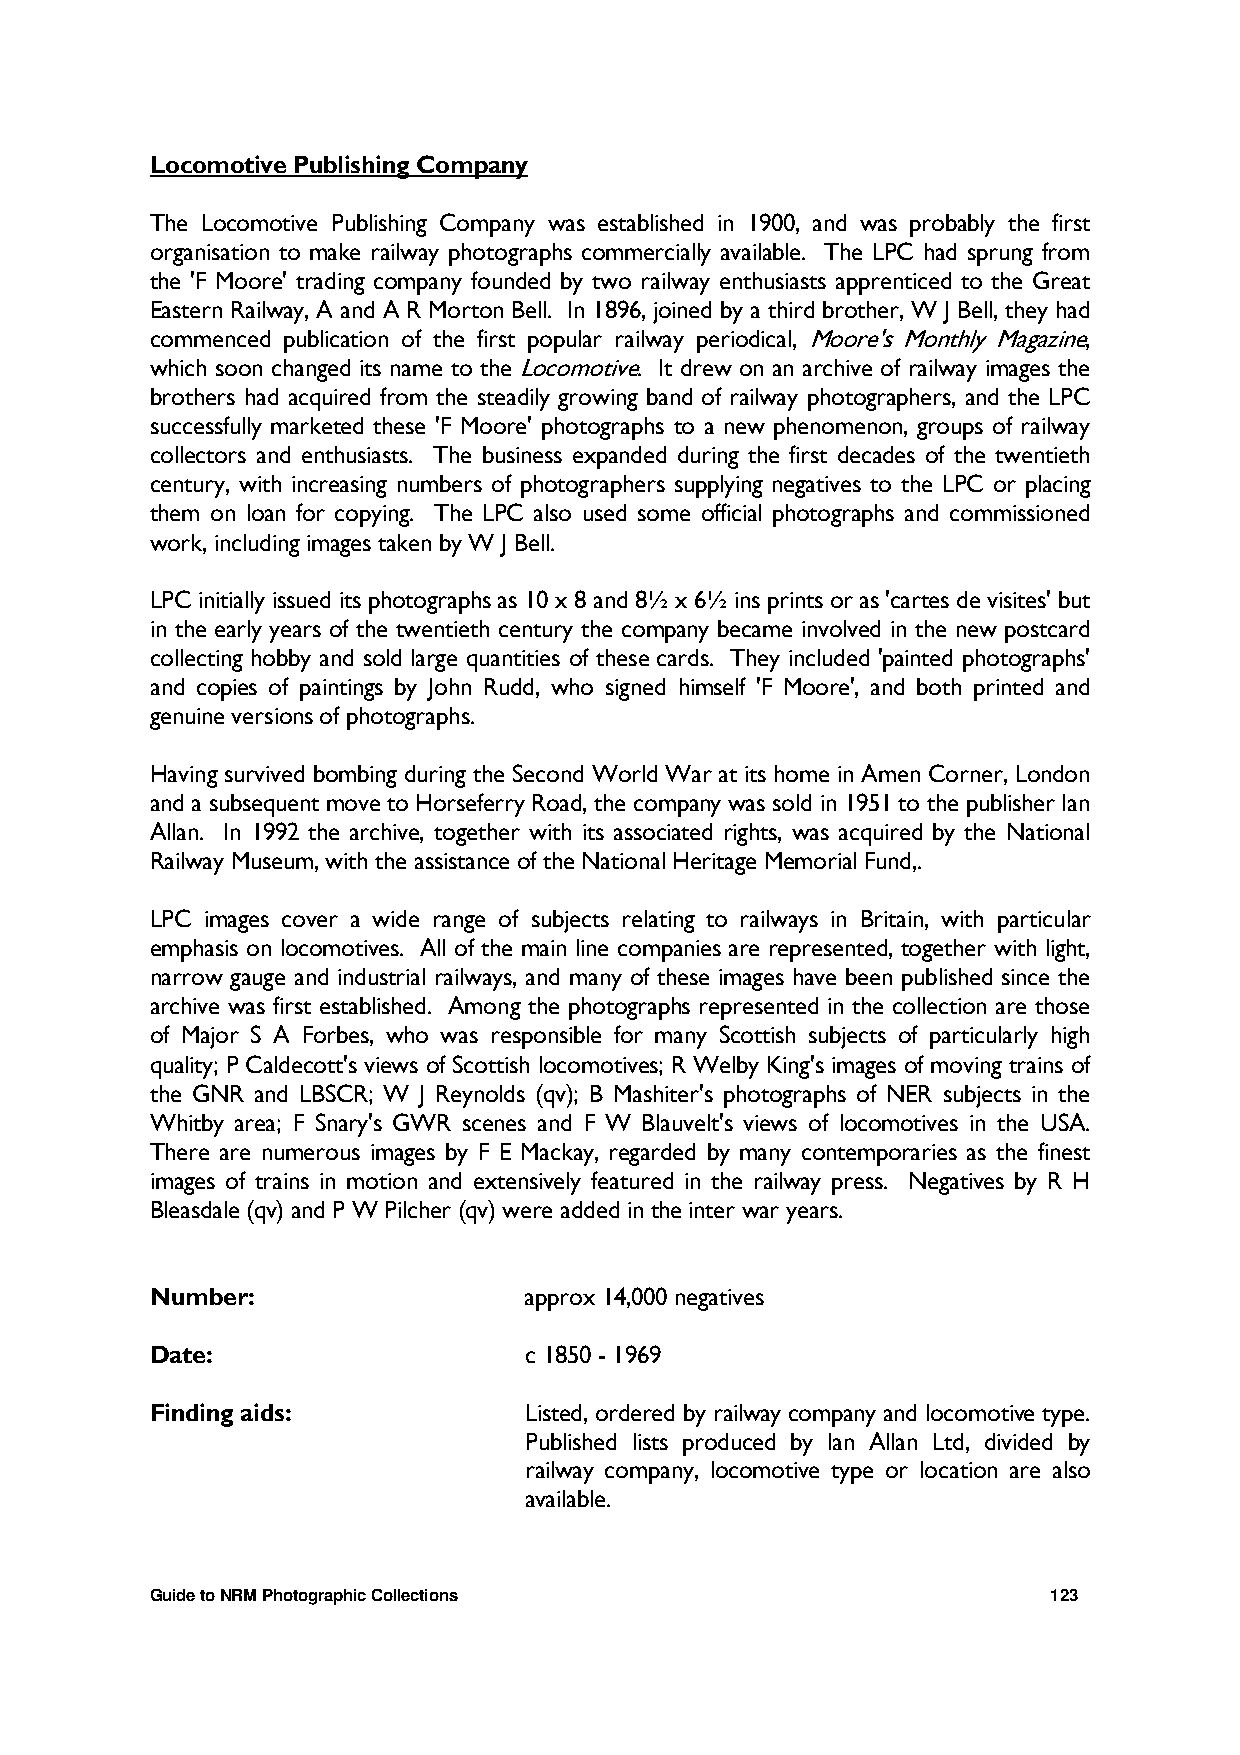
Locomotive Publishing Company
 The Locomotive Publishing Company was established in 1900, and was probably the first
 organisation to make railway photographs commercially available. The LPC had sprung from
 the 'F Moore' trading company founded by two railway enthusiasts apprenticed to the Great
 Eastern Railway, A and A R Morton Bell. In 1896, joined by a third brother, W J Bell, they had
 commenced publication of the first popular railway periodical, Moore's Monthly Magazine,
 which soon changed its name to the Locomotive. It drew on an archive of railway images the
 brothers had acquired from the steadily growing band of railway photographers, and the LPC
 successfully marketed these 'F Moore' photographs to a new phenomenon, groups of railway
 collectors and enthusiasts. The business expanded during the first decades of the twentieth
 century, with increasing numbers of photographers supplying negatives to the LPC or placing
 them on loan for copying. The LPC also used some official photographs and commissioned
 work, including images taken by W J Bell.
 LPC initially issued its photographs as 10 x 8 and 8½ x 6½ ins prints or as 'cartes de visites' but
 in the early years of the twentieth century the company became involved in the new postcard
 collecting hobby and sold large quantities of these cards. They included 'painted photographs'
 and copies of paintings by John Rudd, who signed himself 'F Moore', and both printed and
 genuine versions of photographs.
 Having survived bombing during the Second World War at its home in Amen Corner, London
 and a subsequent move to Horseferry Road, the company was sold in 1951 to the publisher Ian
 Allan. In 1992 the archive, together with its associated rights, was acquired by the National
 Railway Museum, with the assistance of the National Heritage Memorial Fund,.
 LPC images cover a wide range of subjects relating to railways in Britain, with particular
 emphasis on locomotives. All of the main line companies are represented, together with light,
 narrow gauge and industrial railways, and many of these images have been published since the
 archive was first established. Among the photographs represented in the collection are those
 of Major S A Forbes, who was responsible for many Scottish subjects of particularly high
 quality; P Caldecott's views of Scottish locomotives; R Welby King's images of moving trains of
 the GNR and LBSCR; W J Reynolds (qv); B Mashiter's photographs of NER subjects in the
 Whitby area; F Snary's GWR scenes and F W Blauvelt's views of locomotives in the USA.
 There are numerous images by F E Mackay, regarded by many contemporaries as the finest
 images of trains in motion and extensively featured in the railway press. Negatives by R H
 Bleasdale (qv) and P W Pilcher (qv) were added in the inter war years.
 Number:                  approx 14,000 negatives
 Date:                    c 1850 - 1969
 Finding aids:            Listed, ordered by railway company and locomotive type.
 Published lists produced by Ian Allan Ltd, divided by
 railway company, locomotive type or location are also
 available.
 Guide to NRM Photographic Collections                       123